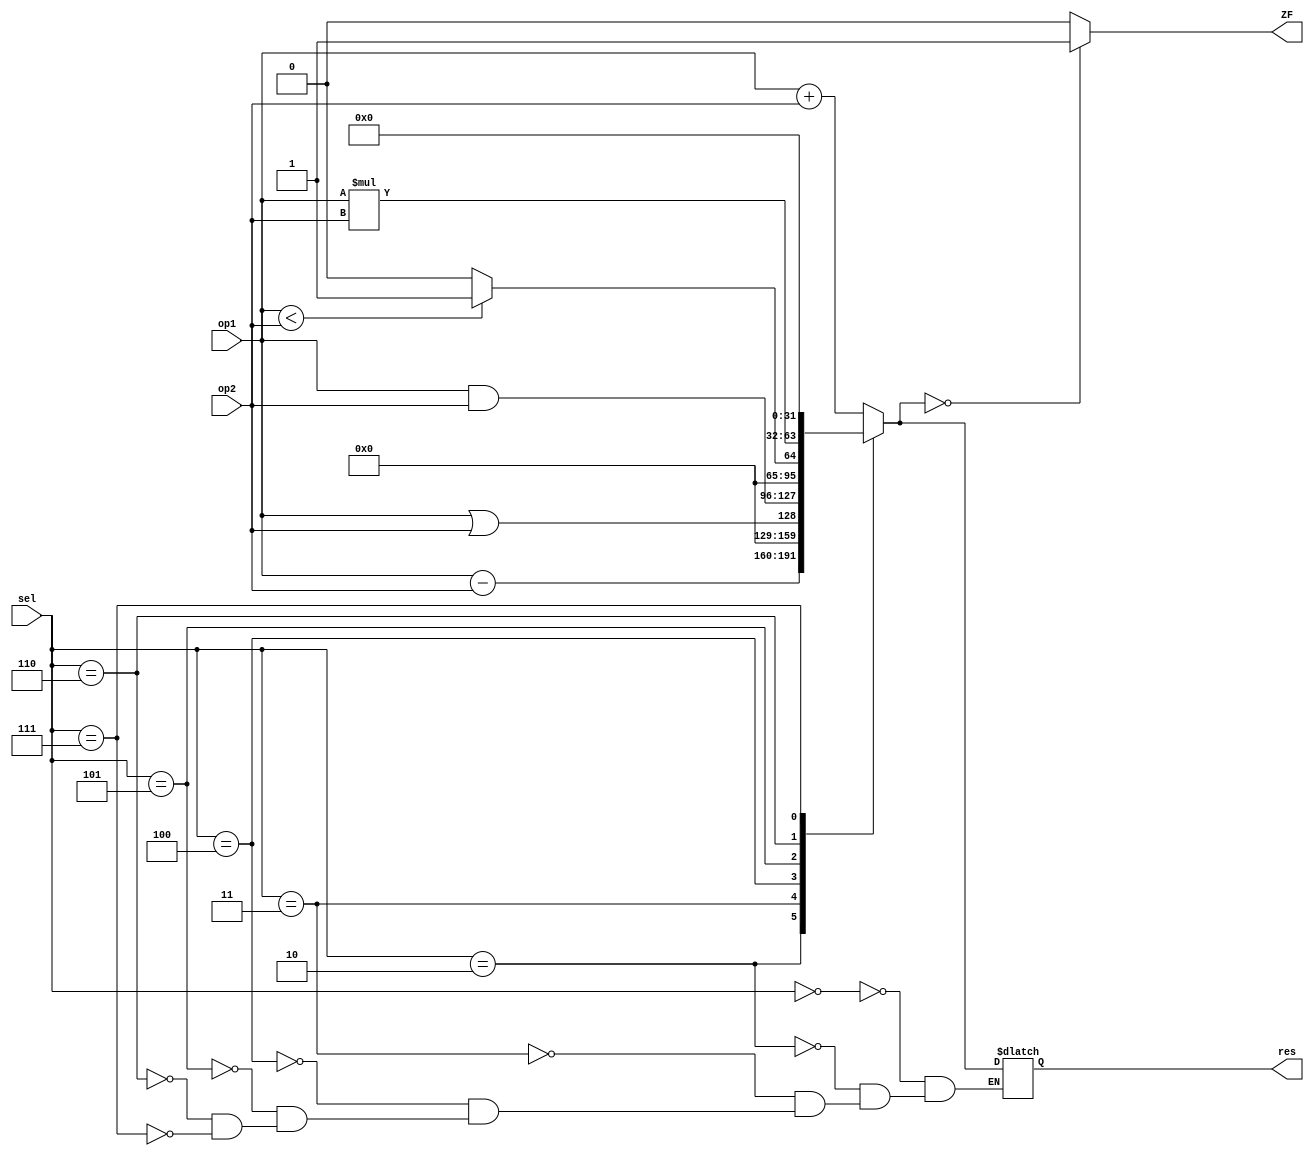
// ALU 
// Fase 1

`timescale 1ns/1ns

module ALU(
    input [2:0] sel,
    input [31:0] op1,
    input [31:0] op2,
    output reg ZF,
    output reg [31:0] res);

    always @* begin
        case (sel)
            3'b000:
            begin
                res = op1 + op2;
            end 
            3'b010:
            begin 
                res = op1 - op2;
            end
            3'b011: 
            begin
                res = op1||op2;
            end
            3'b100:
            begin 
                res = op1 & op2;
            end 
            3'b101:
            begin
               res =(op1<op2)?1:0;
            end
            3'b110: 
            begin
                res = op1 * op2;
            end
            3'b111:
            begin
                res = 0;
            end 
        endcase
            if(res==0)
            begin
                ZF = 1'd1;
            end
            else
            begin
                ZF = 1'd0;
            end
    end
endmodule